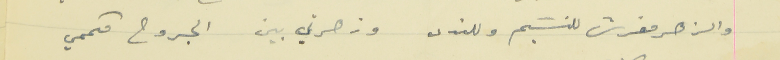
والزهر مفرش للنسَيم وللندى                    وزهرتي بين الجروح مكممي